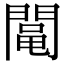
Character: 𨵜